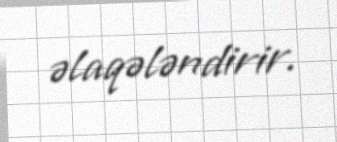
əlaqələndirir.